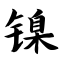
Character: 镍